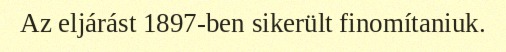
Az eljárást 1897-ben sikerült finomítaniuk.